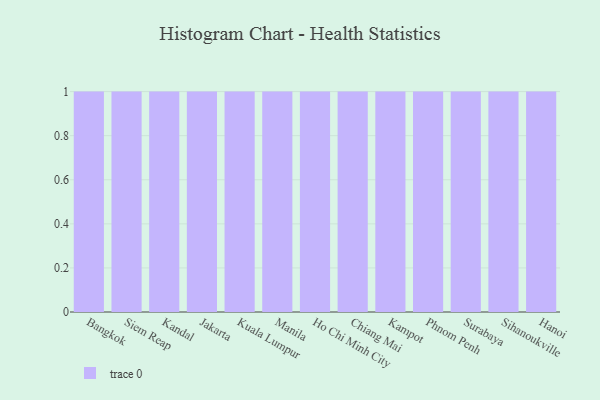
{"axis": {"x": "City", "y": "Satisfaction Score"}, "legend": [""], "data": [{"x": "Bangkok", "y": 7, "type": ""}, {"x": "Siem Reap", "y": 23, "type": ""}, {"x": "Kandal", "y": 2, "type": ""}, {"x": "Jakarta", "y": 85, "type": ""}, {"x": "Kuala Lumpur", "y": 55, "type": ""}, {"x": "Manila", "y": 67, "type": ""}, {"x": "Ho Chi Minh City", "y": 2, "type": ""}, {"x": "Chiang Mai", "y": 73, "type": ""}, {"x": "Kampot", "y": 51, "type": ""}, {"x": "Phnom Penh", "y": 96, "type": ""}, {"x": "Surabaya", "y": 20, "type": ""}, {"x": "Sihanoukville", "y": 64, "type": ""}, {"x": "Hanoi", "y": 94, "type": ""}]}